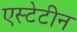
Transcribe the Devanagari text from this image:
एस्टेटीन